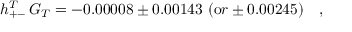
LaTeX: h _ { + - } ^ { T } \, G _ { T } = - 0 . 0 0 0 0 8 \pm 0 . 0 0 1 4 3 \ ( { \mathrm o r } \pm 0 . 0 0 2 4 5 ) \ \ \ ,